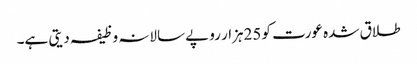
طلاق شدہ عورت کو 25ہزار روپے سالانہ وظیفہ دیتی ہے۔